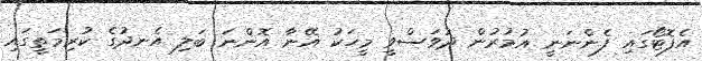
އެފޮޓޯގައި ފެންނަނީ އުމުރުން ދުވަސްވީ މީހަކު އޭނާ އޮންނަ ބަލި އެނދުގެ ކުރިމަތީގައި